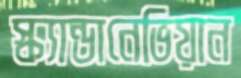
স্ক্যান্ডানেভিয়ান